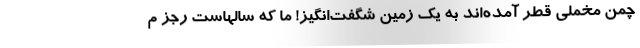
چمن مخملی قطر آمده‌اند به یک زمین شگفت‌انگیز! ما که سالهاست رجز م